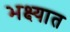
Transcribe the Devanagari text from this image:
भक्ष्यात